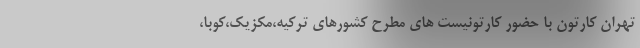
تهران کارتون با حضور کارتونیست های مطرح کشورهای ترکیه،مکزیک،کوبا،